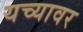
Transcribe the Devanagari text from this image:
यच्यावर